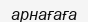
арнағаға